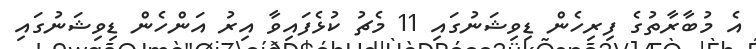
އެ މުބާރާތުގެ ފިރިހެން ޑިވިޝަނުގައި 11 މެޗު ކުޅެފައިވާ އިރު އަންހެން ޑިވިޝަނުގައި